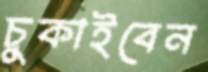
চুকাইবেন